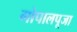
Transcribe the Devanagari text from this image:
गोपालपूजा